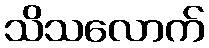
သိသလောက်